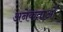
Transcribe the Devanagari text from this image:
अनेकताओं